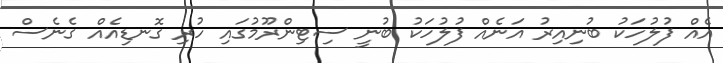
އެއް ފުލުހަކު ބުނިއިރު އަނެއް ފުލުހަކު ބުނީ ސިޓިންރޫމުގައި ހުރި ގޮނޑިއެއް ގެނެސް